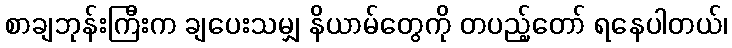
စာချဘုန်းကြီးက ချပေးသမျှ နိယာမ်တွေကို တပည့်တော် ရနေပါတယ်၊